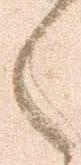
々